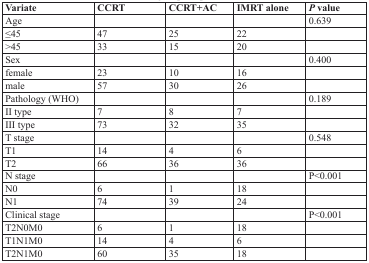
<table><thead><tr><td><b>Variate</b></td><td><b>CCRT</b></td><td><b>CCRT+AC</b></td><td><b>IMRT alone</b></td><td><b><i>P</i> value</b></td></tr></thead><tbody><tr><td>Age</td><td></td><td></td><td></td><td>0.639</td></tr><tr><td>≤45</td><td>47</td><td>25</td><td>22</td><td></td></tr><tr><td>&gt;45</td><td>33</td><td>15</td><td>20</td><td></td></tr><tr><td>Sex</td><td></td><td></td><td></td><td>0.400</td></tr><tr><td>female</td><td>23</td><td>10</td><td>16</td><td></td></tr><tr><td>male</td><td>57</td><td>30</td><td>26</td><td></td></tr><tr><td>Pathology (WHO)</td><td></td><td></td><td></td><td>0.189</td></tr><tr><td>II type</td><td>7</td><td>8</td><td>7</td><td></td></tr><tr><td>III type</td><td>73</td><td>32</td><td>35</td><td></td></tr><tr><td>T stage</td><td></td><td></td><td></td><td>0.548</td></tr><tr><td>T1</td><td>14</td><td>4</td><td>6</td><td></td></tr><tr><td>T2</td><td>66</td><td>36</td><td>36</td><td></td></tr><tr><td>N stage</td><td></td><td></td><td></td><td>P&lt;0.001</td></tr><tr><td>N0</td><td>6</td><td>1</td><td>18</td><td></td></tr><tr><td>N1</td><td>74</td><td>39</td><td>24</td><td></td></tr><tr><td>Clinical stage</td><td></td><td></td><td></td><td>P&lt;0.001</td></tr><tr><td>T2N0M0</td><td>6</td><td>1</td><td>18</td><td></td></tr><tr><td>T1N1M0</td><td>14</td><td>4</td><td>6</td><td></td></tr><tr><td>T2N1M0</td><td>60</td><td>35</td><td>18</td><td></td></tr></tbody></table>